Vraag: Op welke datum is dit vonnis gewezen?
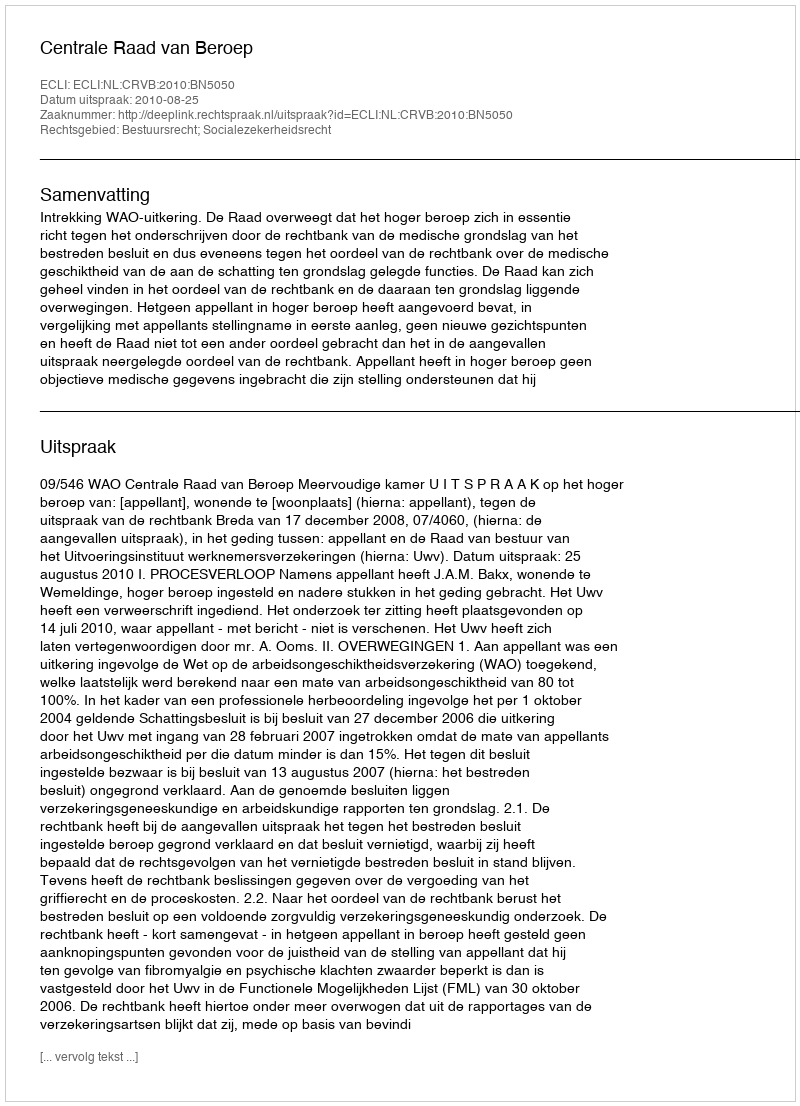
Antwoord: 2010-08-25